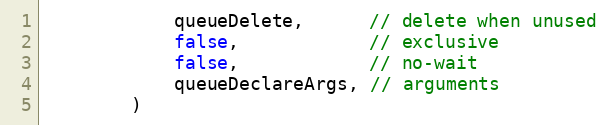
Language: Go
			queueDelete,      // delete when unused
			false,            // exclusive
			false,            // no-wait
			queueDeclareArgs, // arguments
		)